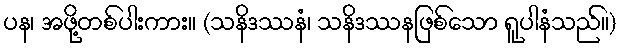
ပန၊ အဖို့တစ်ပါးကား။ (သနိဒဿနံ၊ သနိဒဿနဖြစ်သော ရူပါနံသည်။)